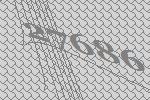
27686